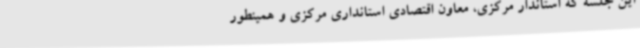
این جلسه که استاندار مرکزی، معاون اقتصادی استانداری مرکزی و همینطور